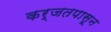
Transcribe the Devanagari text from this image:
कर्जतपासून